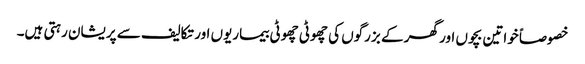
خصوصاً خواتین بچوں اور گھر کے بزرگوں کی چھوٹی چھوٹی بیماریوں اور تکالیف سے پریشان رہتی ہیں۔